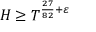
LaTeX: H \geq T ^ { { \frac { 2 7 } { 8 2 } } + \varepsilon }